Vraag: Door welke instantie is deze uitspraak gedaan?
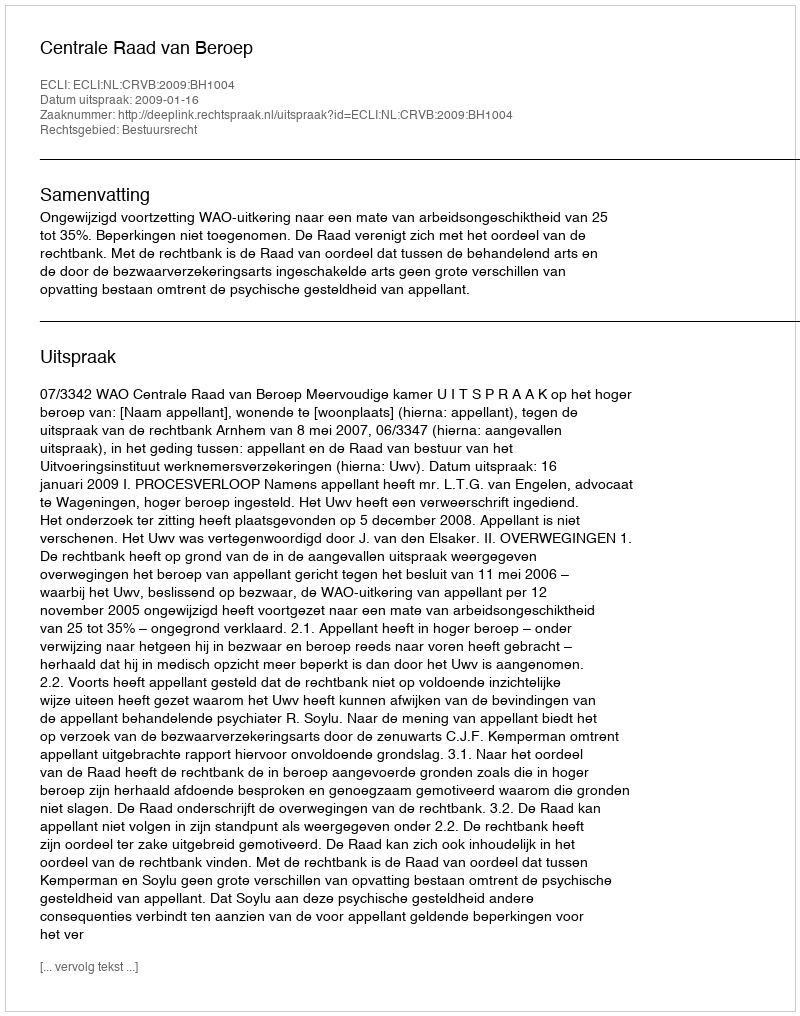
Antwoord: Centrale Raad van Beroep